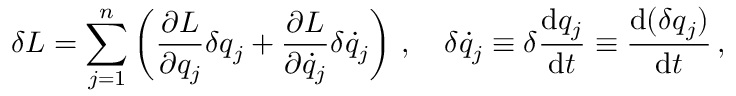
\delta L = \sum _ { j = 1 } ^ { n } \left( { \frac { \partial L } { \partial q _ { j } } } \delta q _ { j } + { \frac { \partial L } { \partial { \dot { q } } _ { j } } } \delta { \dot { q } } _ { j } \right) \, , \quad \delta { \dot { q } } _ { j } \equiv \delta { \frac { \mathrm { d } q _ { j } } { \mathrm { d } t } } \equiv { \frac { \mathrm { d } ( \delta q _ { j } ) } { \mathrm { d } t } } \, ,